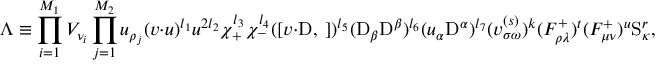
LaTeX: \Lambda \equiv \prod _ { i = 1 } ^ { M _ { 1 } } { \cal V } _ { \nu _ { i } } \prod _ { j = 1 } ^ { M _ { 2 } } u _ { \rho _ { j } } ( v \cdot u ) ^ { l _ { 1 } } u ^ { 2 l _ { 2 } } \chi _ { + } ^ { l _ { 3 } } \chi _ { - } ^ { l _ { 4 } } ( [ v \cdot \mathrm { D } , \ ] ) ^ { l _ { 5 } } ( \mathrm { D } _ { \beta } \mathrm { D } ^ { \beta } ) ^ { l _ { 6 } } ( u _ { \alpha } \mathrm { D } ^ { \alpha } ) ^ { l _ { 7 } } ( v _ { \sigma \omega } ^ { ( s ) } ) ^ { k } ( F _ { \rho \lambda } ^ { + } ) ^ { t } ( F _ { \mu \nu } ^ { + } ) ^ { u } \mathrm { S } _ { \kappa } ^ { r } ,